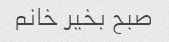
صبح بخیر خانم